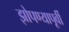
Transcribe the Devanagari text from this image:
झोपण्यापूर्वी